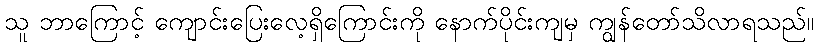
သူ ဘာကြောင့် ကျောင်းပြေးလေ့ရှိကြောင်းကို နောက်ပိုင်းကျမှ ကျွန်တော်သိလာရသည်။